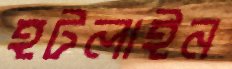
হটলাইন